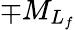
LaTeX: \mp{M}_{L_{f}}